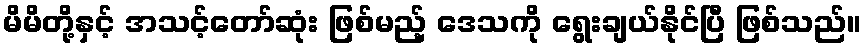
မိမိတို့နှင့် အသင့်တော်ဆုံး ဖြစ်မည့် ဒေသကို ရွေးချယ်နိုင်ပြီ ဖြစ်သည်။